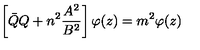
\left[ { \bar { Q } } Q + n ^ { 2 } \frac { A ^ { 2 } } { B ^ { 2 } } \right] \varphi ( z ) = m ^ { 2 } \varphi ( z )